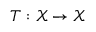
T : \mathcal { X } \rightarrow \mathcal { X }